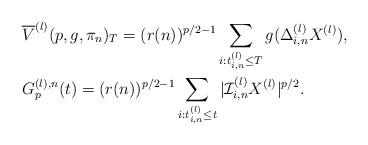
LaTeX: \begin{align*}&\overline{V}^{(l)}(p,g,\pi_n)_T=(r(n))^{p/2-1}\sum_{i:t_{i,n}^{(l)}\leq T} g(\Delta_{i,n}^{(l)}X^{(l)}),\\&G^{(l),n}_p(t)=(r(n))^{p/2-1}\sum_{i:t_{i,n}^{(l)}\leq t} |\mathcal{I}_{i,n}^{(l)}X^{(l)}|^{p/2}.\end{align*}